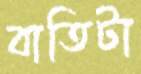
বাতিটা